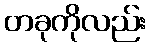
တခုကိုလည်း